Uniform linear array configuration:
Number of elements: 24
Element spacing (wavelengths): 0.5
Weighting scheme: kaiser
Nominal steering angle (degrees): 30
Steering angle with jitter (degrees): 29.157
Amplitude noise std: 0.05
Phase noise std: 0.05

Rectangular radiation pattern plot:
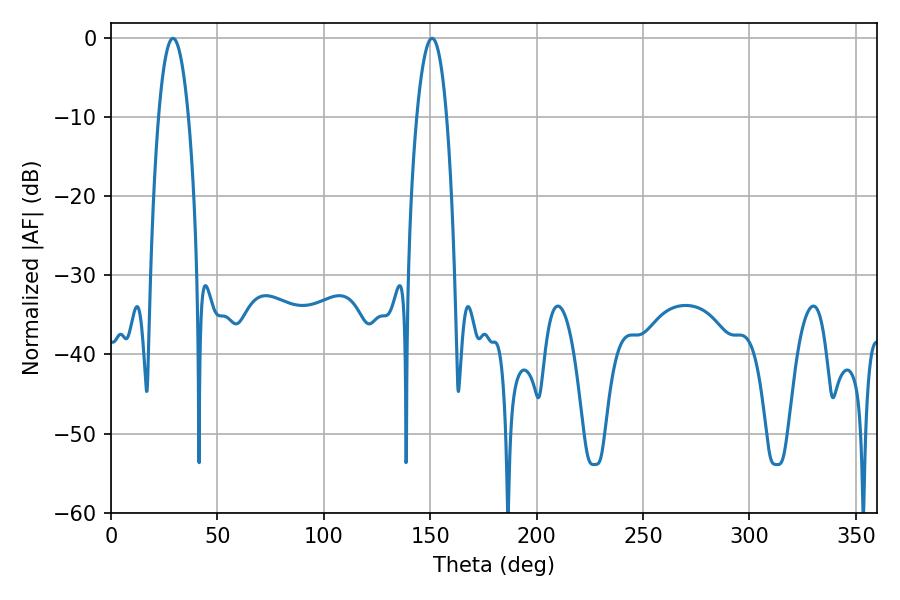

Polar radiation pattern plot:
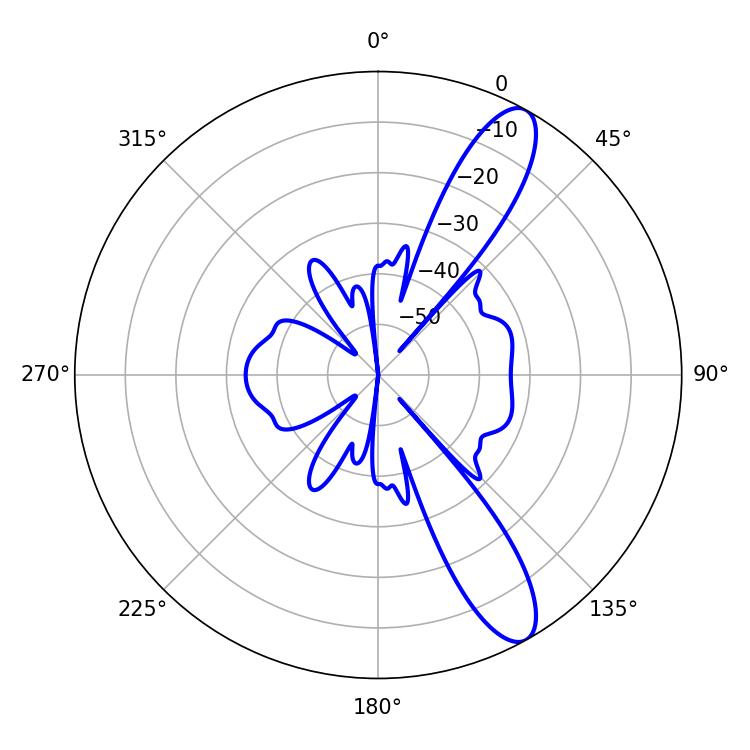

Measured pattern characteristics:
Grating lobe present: FALSE
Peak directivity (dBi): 11.478
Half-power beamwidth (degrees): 7.74
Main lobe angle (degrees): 29.16